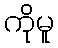
ကိုမူ